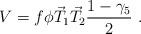
LaTeX: \begin{align*}V = f \phi \vec T_1 \vec T_2 \frac{1-\gamma_5}{2}~.\end{align*}